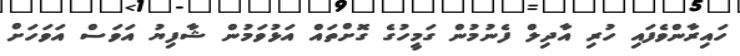
ހައިރާންވެފައި ހުރި އާދިލް ފެނުމުން ގަމީހުގެ ގޮށްތައް އަޅުވަމުން ޝާފިޔު އަވަސް އަވަހަށް